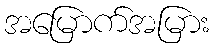
အမြောက်အမြား